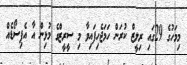
މިމަހުގެ 29ގައި ރިލީޒް ކުރަން ހަމަޖެހިފައިވާ މި ސީރީޒްގެ މުޅިން އާ އެޕިސޯޑެއް